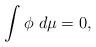
LaTeX: \begin{align*} \int \phi \ d\mu =0,\end{align*}